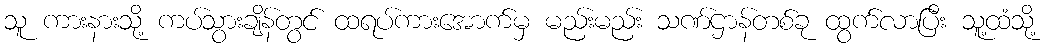
သူ ကားနားသို့ ကပ်သွားချိန်တွင် ထရပ်ကားအောက်မှ မည်းမည်း သဏ်ဌာန်တစ်ခု ထွက်လာပြီး သူ့ထံသို့